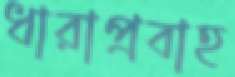
ধারাপ্রবাহ